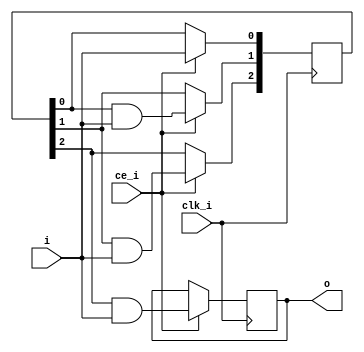
// ============================================================================
//        __
//   \\__/ o\    (C) 2018-2019  Robert Finch, Waterloo
//    \  __ /    All rights reserved.
//     \/_//     robfinch<remove>@opencores.org
//       ||
//
// This source file is free software: you can redistribute it and/or modify 
// it under the terms of the GNU Lesser General Public License as published 
// by the Free Software Foundation, either version 3 of the License, or     
// (at your option) any later version.                                      
//                                                                          
// This source file is distributed in the hope that it will be useful,      
// but WITHOUT ANY WARRANTY; without even the implied warranty of           
// MERCHANTABILITY or FITNESS FOR A PARTICULAR PURPOSE.  See the            
// GNU General Public License for more details.                             
//                                                                          
// You should have received a copy of the GNU General Public License        
// along with this program.  If not, see <http://www.gnu.org/licenses/>.    
//                                                            
// ready_gen.v
// - generates a ready signal after a specified number of clocks.
// - this is not a simple delay line. Output is set low as soom as the
//   input goes low.
//
// ============================================================================
//
module ready_gen(clk_i, ce_i, i, o);
input clk_i;
input ce_i;
input i;
output reg o = 1'd0;
parameter STAGES = 3;

integer n;
reg [STAGES-1:0] rdy;
always @(posedge clk_i)
if (ce_i) begin
	rdy[0] <= i;
	for (n = 1; n < STAGES; n = n + 1)
		rdy[n] <= rdy[n-1] & i;
	o <= rdy[STAGES-1] & i;
end

endmodule